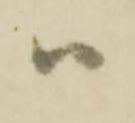
ハ